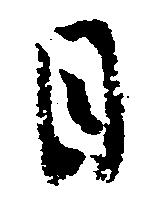
日